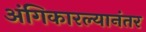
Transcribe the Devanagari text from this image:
अंगिकारल्यानंतर